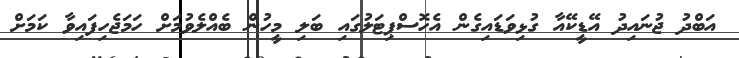
އަބްދު ޖުނައިދު އޭޑީކޭއާ ގުޅިވަޑައިގެން އެހޮސްޕިޓަލުގައި ބަލި މީހުން ބެއްލެވުމަށް ހަމަޖެހިފައިވާ ކަމަށް